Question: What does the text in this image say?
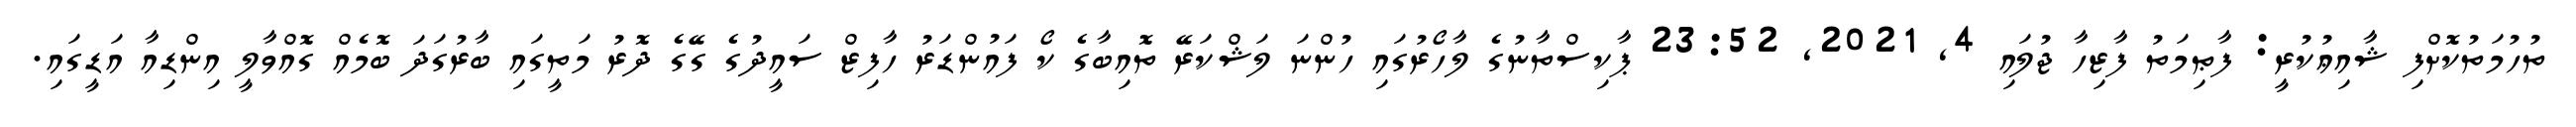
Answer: ތުހުމަތުކޮށްފި ޝާއިޢުކުރީ: ފާޠިމަތު ފާޒިހާ ޖުލައި 4, 2021, 23:52 ޕާކިސްތާނުގެ ލާހޯރުގައި ހުންނަ ލަޝްކަރޭ ތޮއިބާގެ ކޯ ފައުންޑަރު ހާފިޒް ސައީދުގެ ގޭގެ ދޮރު މަތީގައި ބާރުގަދަ ބޮމެއް ގޮއްވާލީ އިންޑިއާ އަޑީގައި.